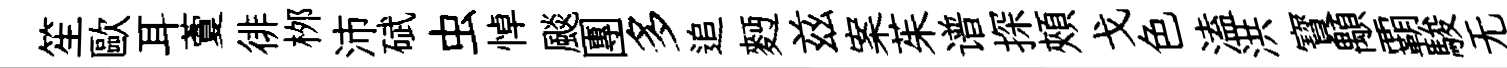
笙歐耳藑徘桞沛碔虫悼颷團多追麪兹案茱谱探頰戈色溘洪寳顒覇駿无